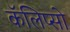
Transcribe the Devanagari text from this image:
कॅलिप्सो